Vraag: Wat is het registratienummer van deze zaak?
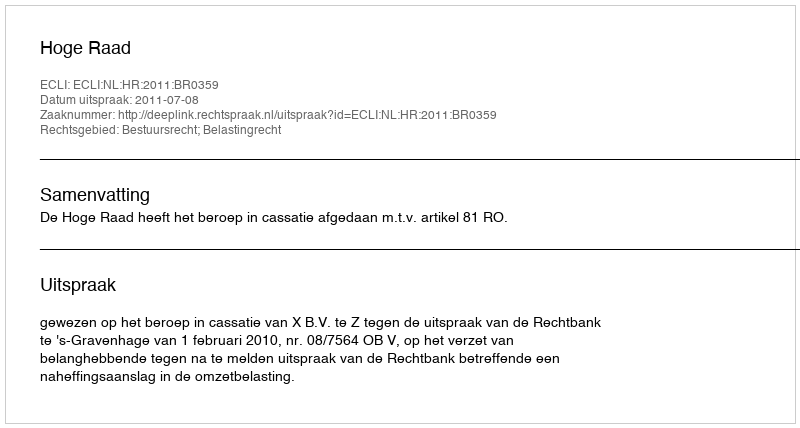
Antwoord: http://deeplink.rechtspraak.nl/uitspraak?id=ECLI:NL:HR:2011:BR0359